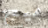
ميج